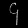
Digit: ၄